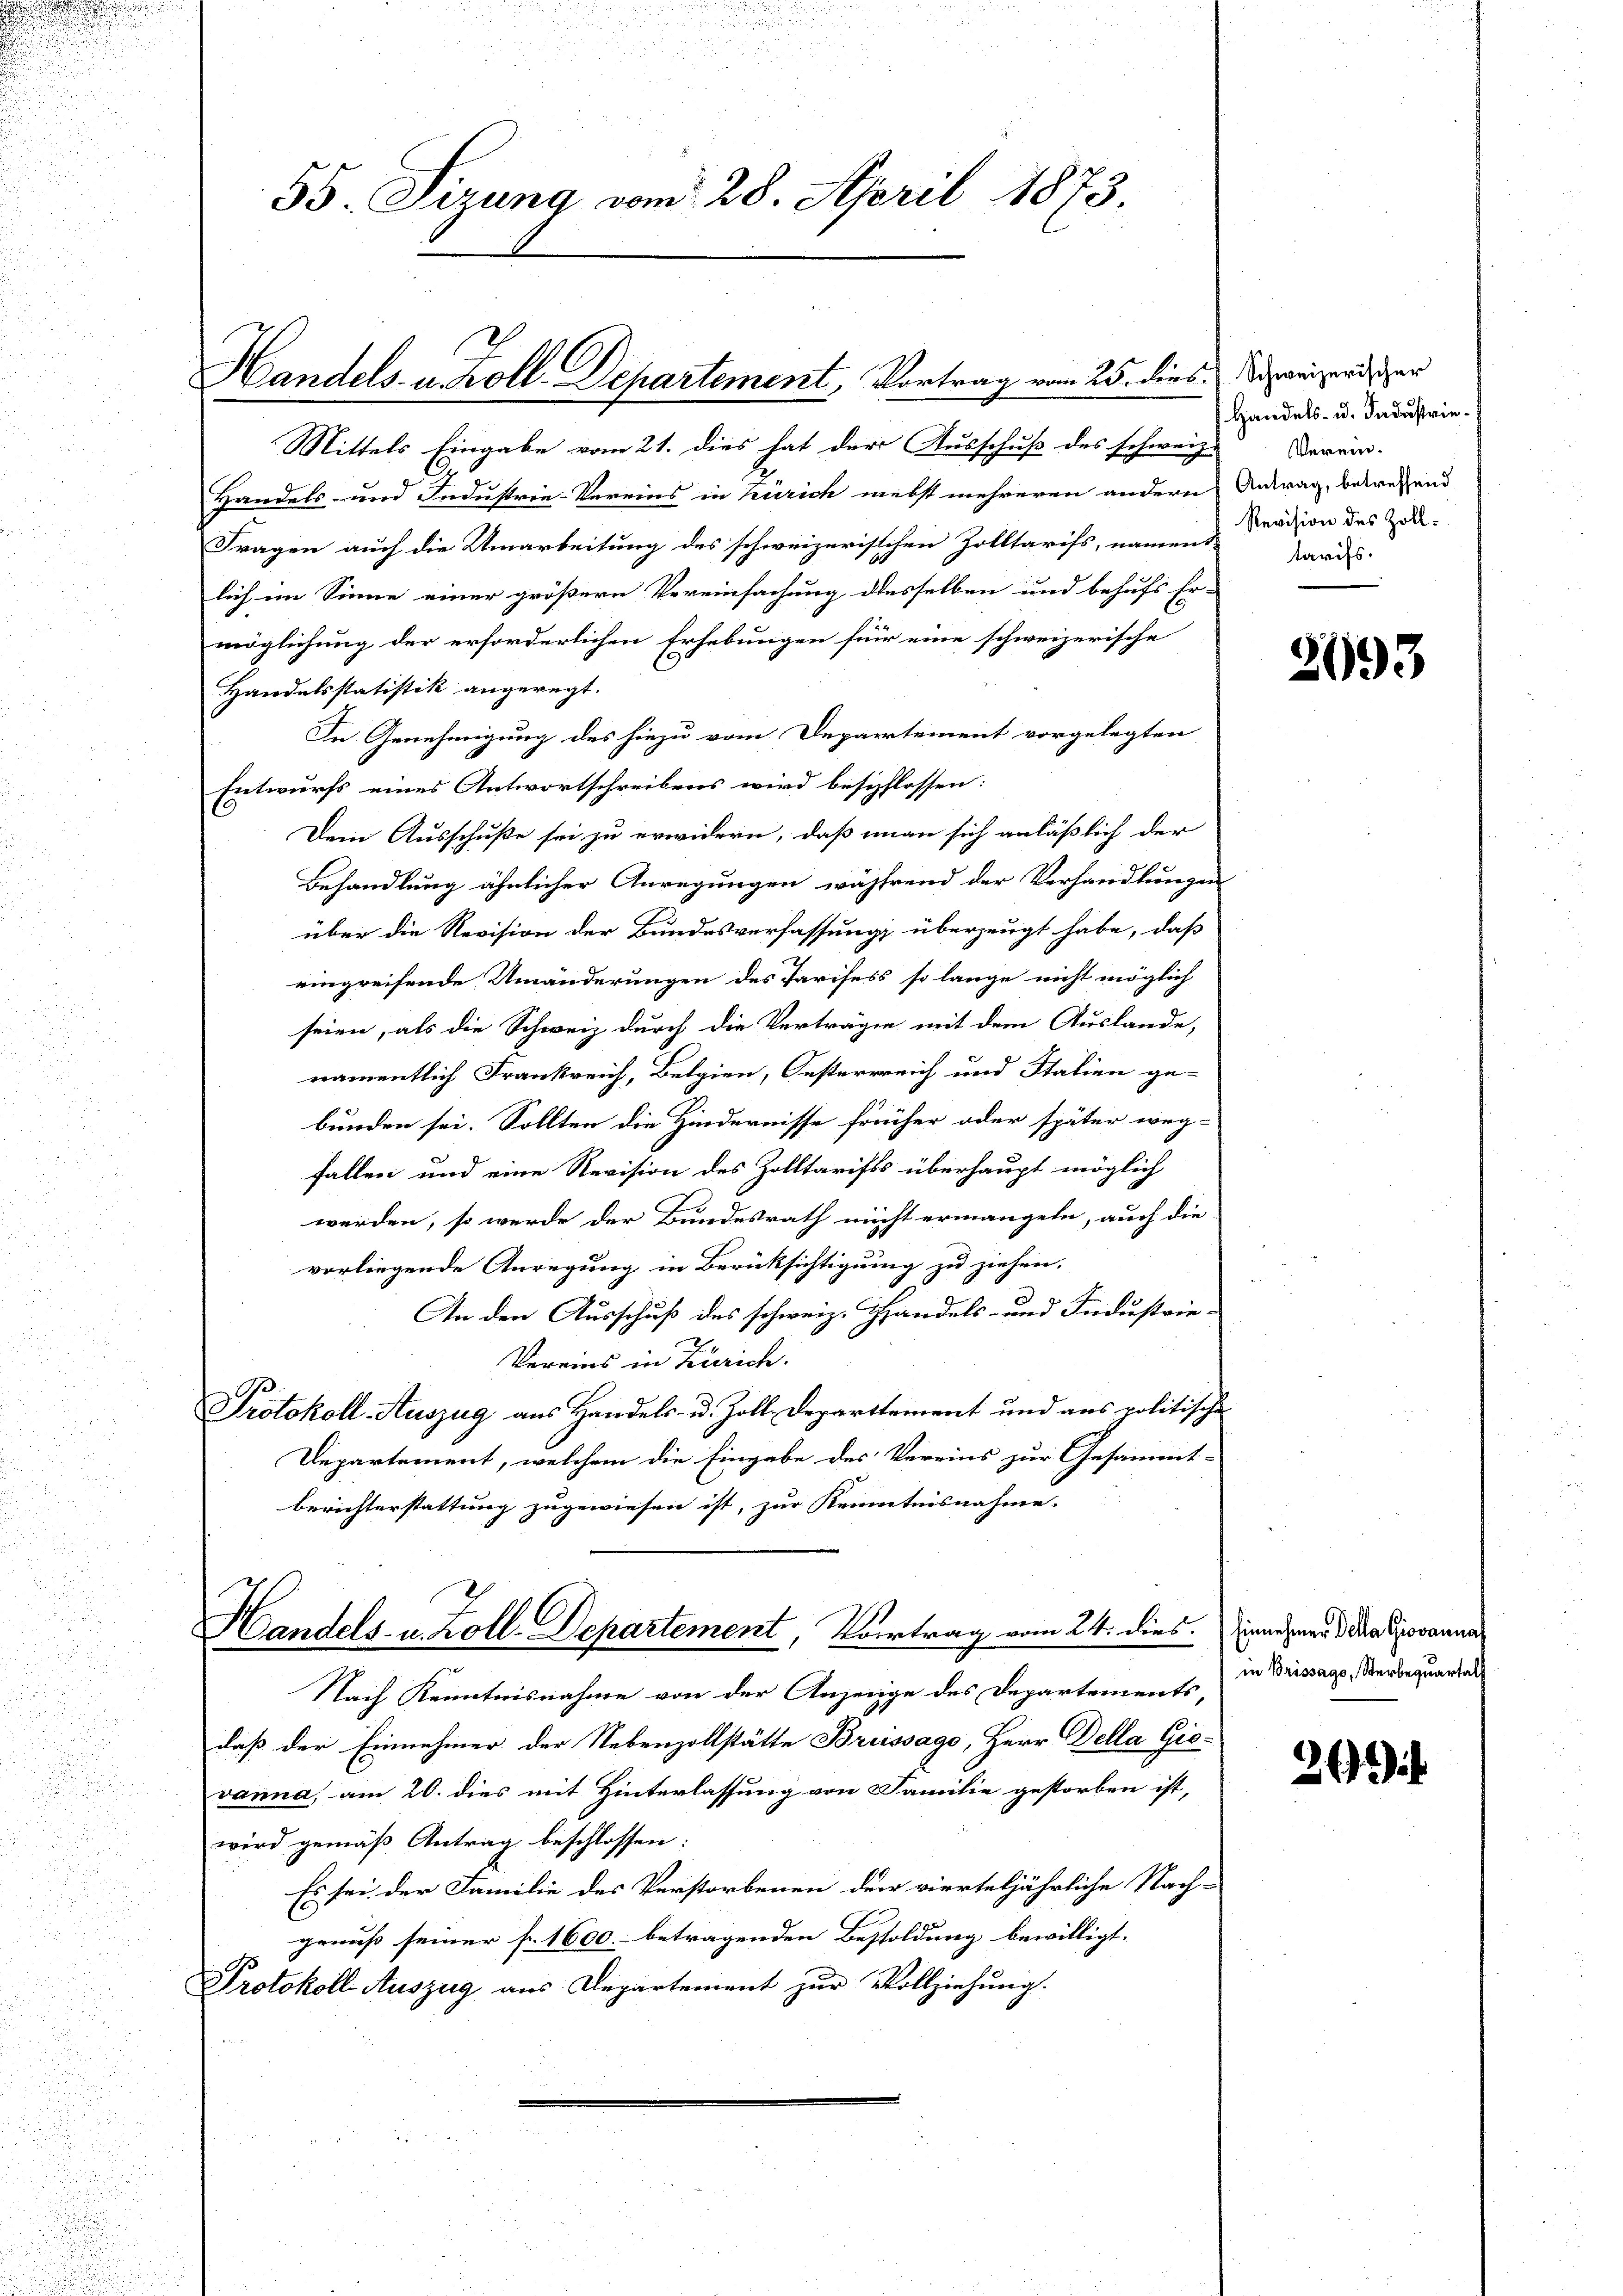
.

55. Sirung vom 28. April 1873.

Handels- u. Zoll-Departement, Vortrag vom 25. dies

Mittels Eingabe vom 21. dies hat der Ausschuß des schweiz
Handels- und Industrie-Vereins in Zürich nebst mehreren andern Antrag, betreffend
Fragen auch die Umarbeitung des schweizerischen Zolltarifs, namens Kredion des Zoll-
lich im Sinne einer größern Vereinfachung desselben und behufs Er-
möglichung der erforderlichen Erhebungen für eine schweizerische
Handelsstatistik angeregt.
In Genehmigung des hiezu vom Departement vorgelegten
Entwurfs eines Antwortschreibens wird beschlossen:
Dein Ausschuße sei zu erwidern, daß man sich anläßlich der
Behandlung ähnlicher Anregungen während der Verhandlungen
über die Revision der Bundesverfassung überzeugt habe, daß
eingreifende Umänderungen des Tarifess so lange nicht möglich
seien, als die Schweiz durch die Verträgen mit dem Auslande,
namentlich Frankreich, Belgien, Oesterrreich und Stalien ge-
2
bunden sei. Sollten die Hindernisse früher oder später weg-
fallen und eine Revision des Zolltarifts überhaupt möglich
werden, so werde der Bundesrath nicht ermangeln, auch die
vorliegende Anregung in Berücksichtigung zu ziehen.
An den Ausschuß des schweiz. Handels- und Industrie-
Vereins in Zürich.
Protokoll-Auszug aus Handels- u. Zoll. Departtement und aus politische
Departement, welchem die Eingabe des Vereins zur Gesammt-
berichterstattung zugewiesen ist, zur Kenntnisnahme.
Handels- u. Zoll-Departement, Vortrag vom 24. dies. innehmend da Giovanna
Nach Kenntnisnahme von der Anzeige des Departements
daß der Einnehmer der Nebenzollstätte Breissago, Herr Della Gievanna, am 20. dies mit Hinterlassung von Familie gestorben ist,
wird gemäß Antrag beschlossen:
Es sei der Familie des Verstorbenen der vierteljährliche Nach-
genuß seiner fr. 1600. betragenden Besoldung bewilligt.
Protokoll Auszug aus Departement zur Vollziehung.

Schweizerischer
Handels- u. Industrie¬
Verein.
tarifs.

2693

in Brissago, Sterbequartal

26)